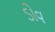
ડોવ